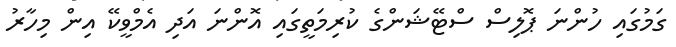
ގަމުގައި ހުންނަ ޕޮލިސް ސްޓޭޝަންގެ ކުރިމަތީގައި އޮންނަ އަދި އެމްވީކޭ އިން މިހާރު